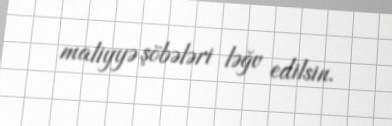
maliyyə şöbələri ləğv edilsin.